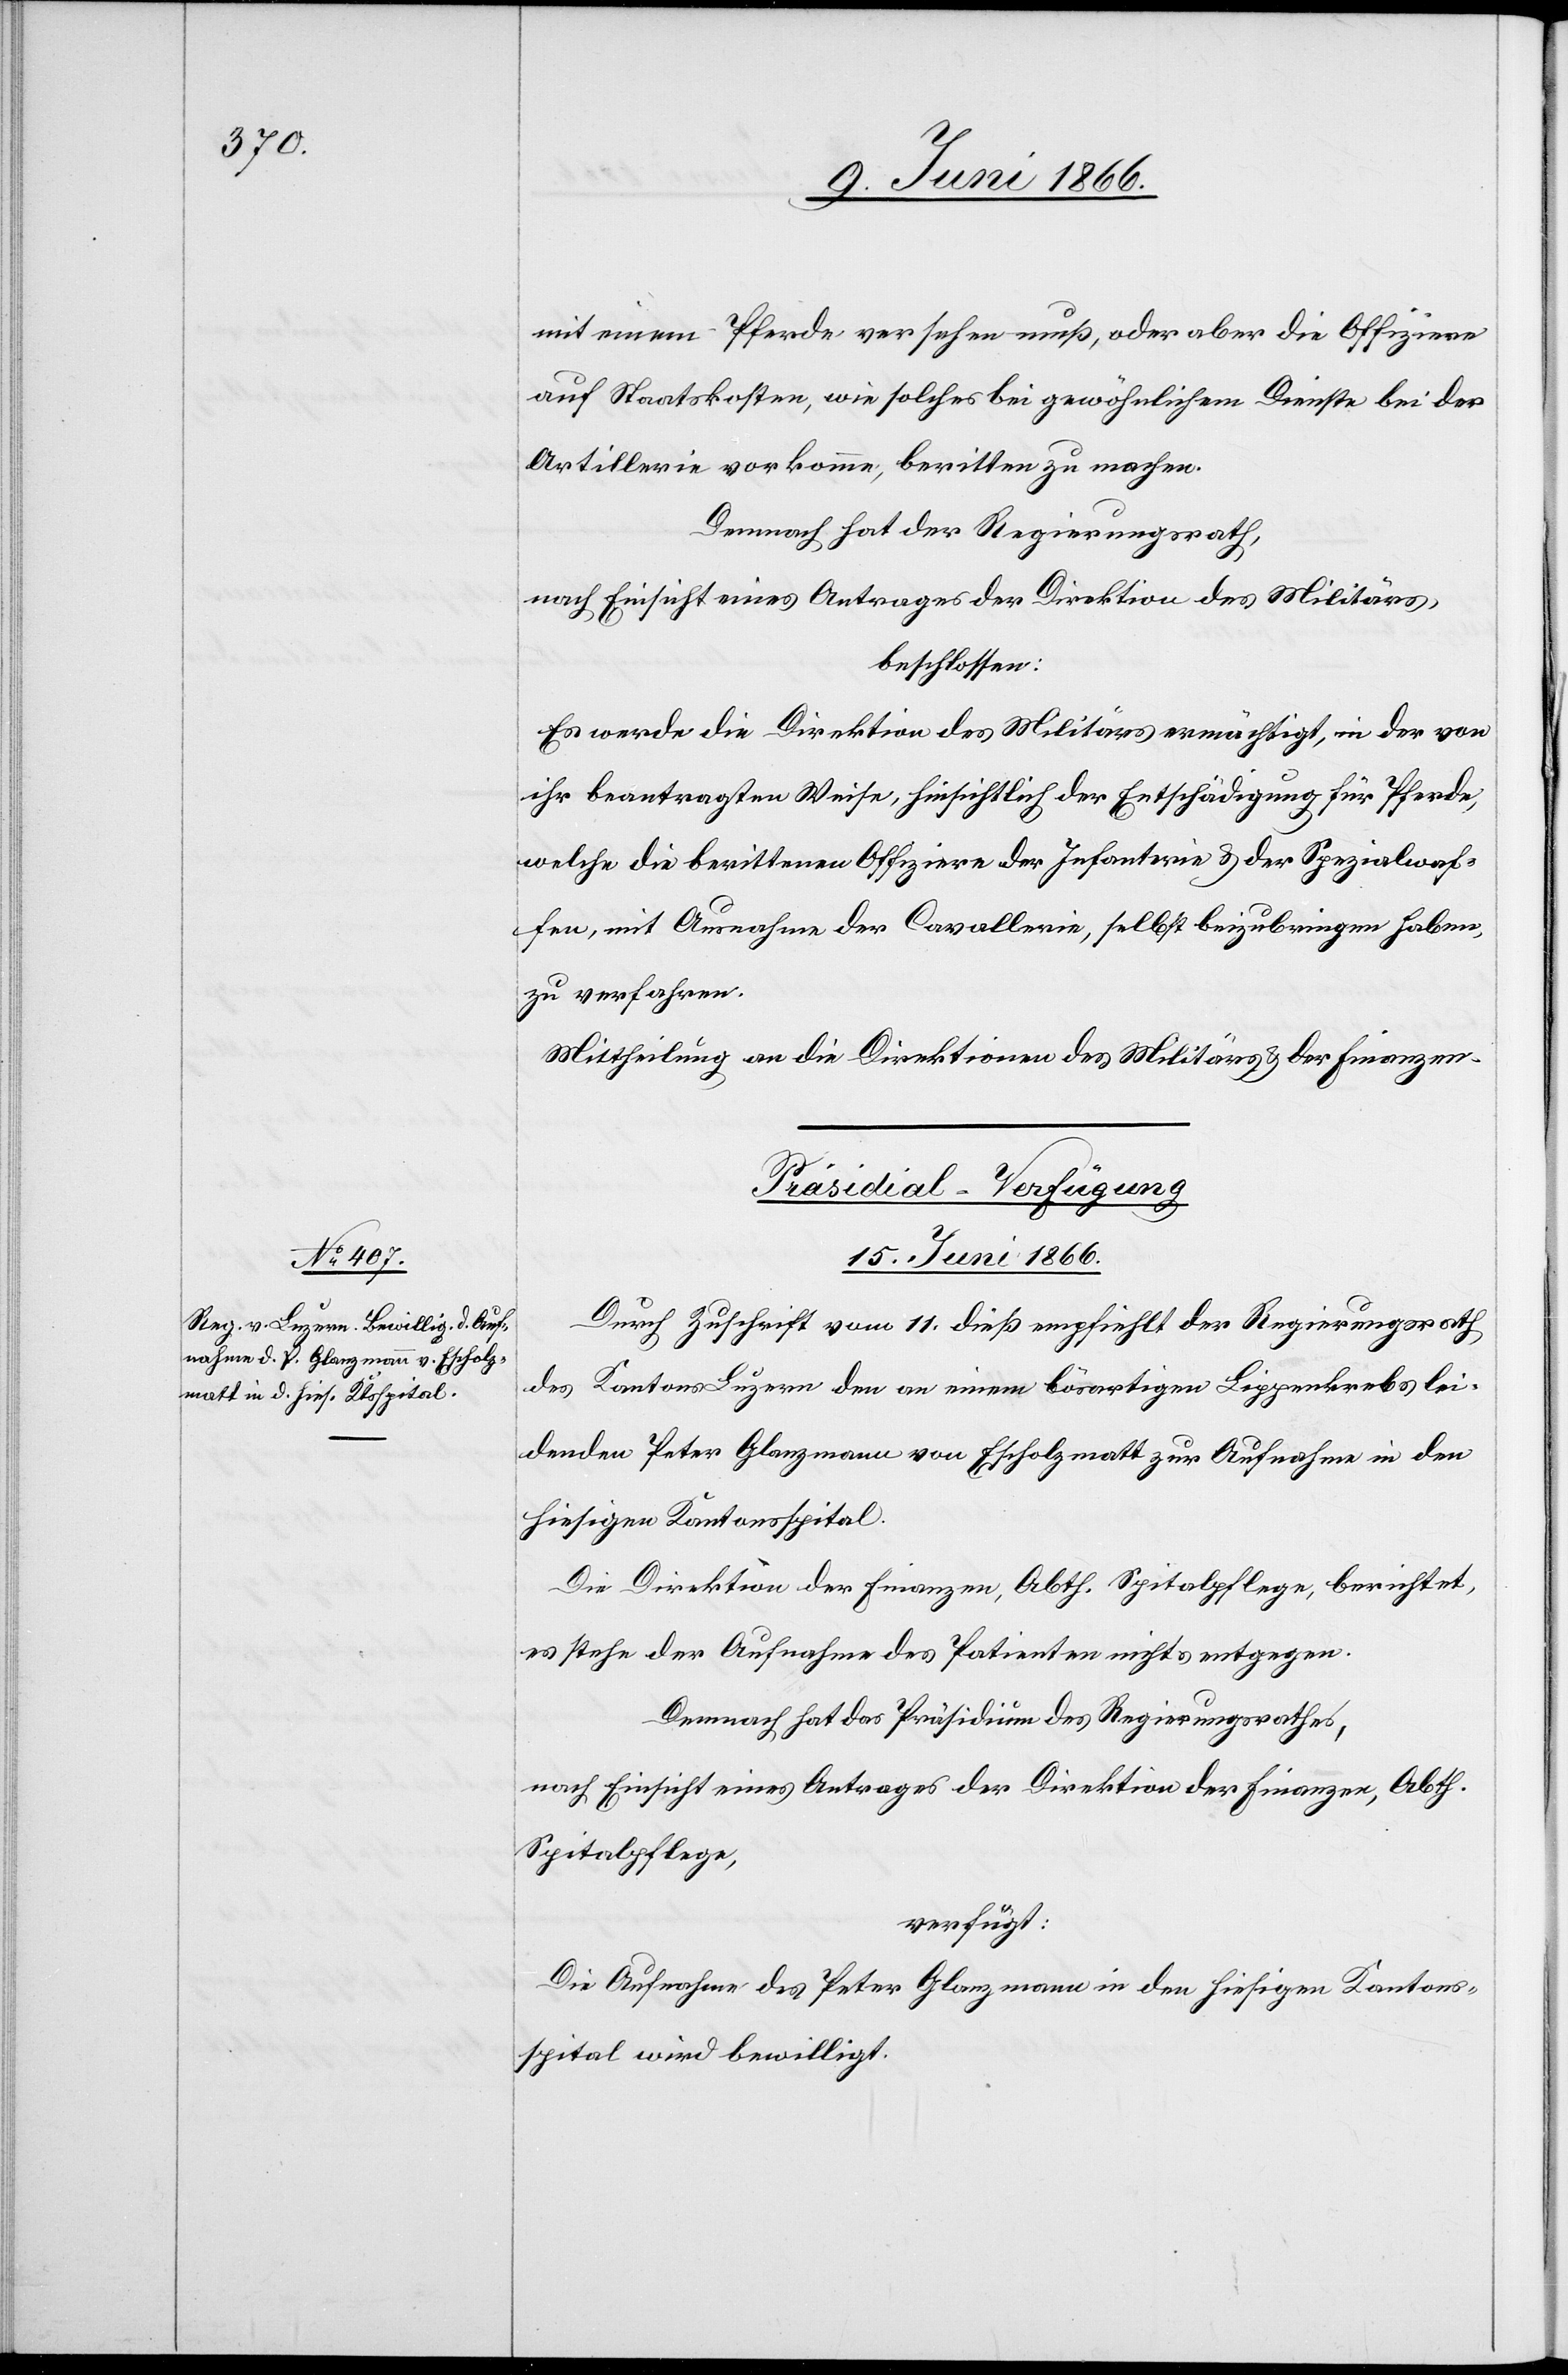
mit einem Pferde versehen muß, oder aber die Offiziere
auf Staatskosten, wie solches bei gewöhnlichem Dienste bei der
Artillerie vorkomme, beritten zu machen.
Demnach hat der Regierungsrath,
nach Einsicht eines Antrages der Direktion des Militärs,
beschlossen:
Es werde die Direktion des Militärs ermächtigt, in der von
ihr beantragten Weise, hinsichtlich der Entschädigung für Pferde,
welche die berittenen Offiziere der Infanterie u. der Spezialwaf¬
fen, mit Ausnahme der Cavallerie, selbst beizubringen haben,
zu verfahren.
Mittheilung an die Direktionen des Militärs u. der Finanzen.
Präsidial-Verfügungen.
15. Juni 1866.
Durch Zuschrift vom 11. dieß empfiehlt der Regierungsrath
des Kantons Luzern den an einem bösartigen Lippenkrebs lei¬
denden Peter Glanzmann von Escholzmatt zur Aufnahme in den
hiesigen Kantonsspital.
Die Direktion der Finanzen, Abth. Spitalpflege, berichtet,
es stehe der Aufnahme des Patienten nichts entgegen
Demnach hat das Präsidium des Regierungsrathes,
nach Einsicht eines Antrages der Direktion der Finanzen, Abth.
Spitalpflege,
verfügt:
Die Aufnahme des Peter Glanzmann in den hiesigen Kantons¬
spital wird bewilligt.